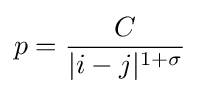
p={\frac {C}{|i-j|^{1+\sigma }}}